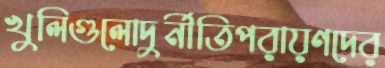
খুলিগুলোদুর্নীতিপরায়ণদের